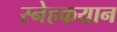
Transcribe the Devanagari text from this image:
स्नेहकयान